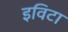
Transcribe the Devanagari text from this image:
इविटा